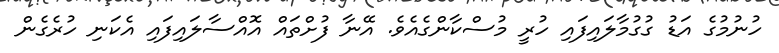
ހުނުމުގެ އަޑު ގުގުމާލައިފައި ހުރީ މުސްކާންގެއެވެ. އޭނާ ފުށްތައް އޮއްސާލައިފައި އެކަނި ހުރެގެން